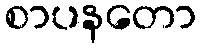
စာပနတော